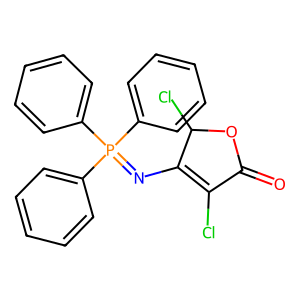
SMILES: O=C1OC(Cl)C(N=P(c2ccccc2)(c2ccccc2)c2ccccc2)=C1Cl
Inhibits HIV replication: No